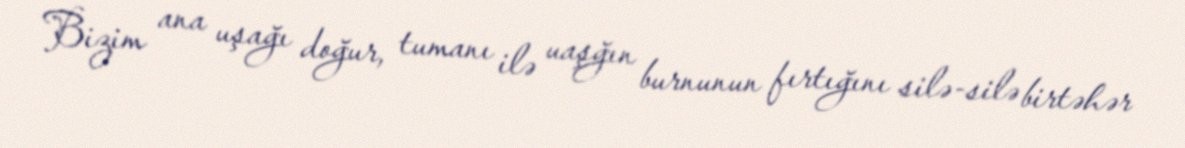
Bizim ana uşağı doğur, tumanı ilə uaşğın burnunun fırtığını silə-silə birtəhər